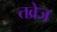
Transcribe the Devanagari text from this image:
तव्रेज